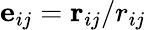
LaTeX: \mathbf{e}_{ij}=\mathbf{r}_{ij}/r_{ij}